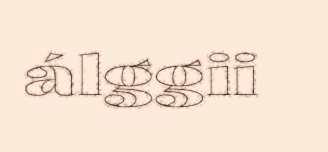
álggii